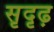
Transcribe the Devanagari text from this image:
सृदृढ़